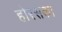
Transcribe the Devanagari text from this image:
होरसका